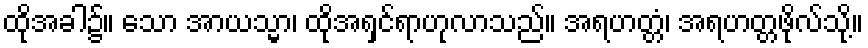
ထိုအခါ၌။ သော အာယသ္မာ၊ ထိုအရှင်ရာဟုလာသည်။ အရဟတ္တံ၊ အရဟတ္တဖိုလ်သို့။